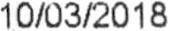
10/03/2018